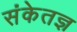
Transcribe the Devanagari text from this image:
संकेतज्ञ